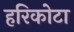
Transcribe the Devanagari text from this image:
हरिकोटा